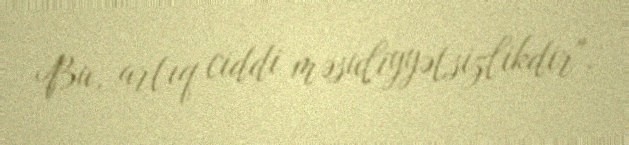
Bu, artıq ciddi məsuliyyətsizlikdir".